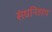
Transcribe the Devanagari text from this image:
संघनिहाय